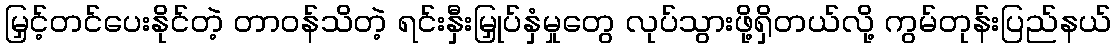
မြှင့်တင်ပေးနိုင်တဲ့ တာဝန်သိတဲ့ ရင်းနှီးမြှုပ်နှံမှုတွေ လုပ်သွားဖို့ရှိတယ်လို့ ကွမ်တုန်းပြည်နယ်